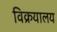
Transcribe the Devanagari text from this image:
विक्रयालय